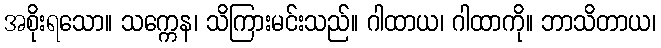
အစိုးရသော။ သက္ကေန၊ သိကြားမင်းသည်။ ဂါထာယ၊ ဂါထာကို။ ဘာသိတာယ၊